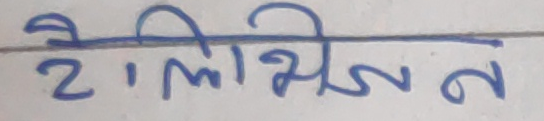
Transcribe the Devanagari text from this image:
२ लिम्भीजन न